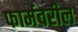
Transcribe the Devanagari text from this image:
फार्मवरील